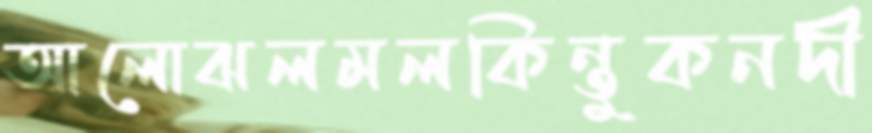
আলোঝলমলকিন্তুকনদী